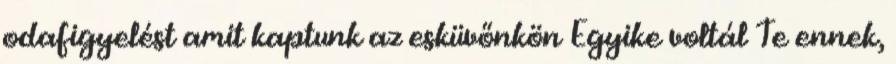
odafigyelést amit kaptunk az esküvőnkön Egyike voltál Te ennek,